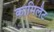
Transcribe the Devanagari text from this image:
कामिलैट